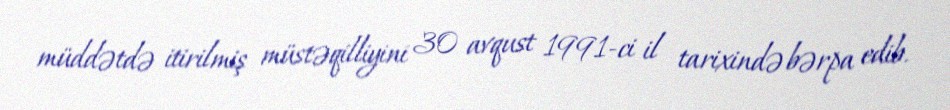
müddətdə itirilmiş müstəqilliyini 30 avqust 1991-ci il tarixində bərpa edib.